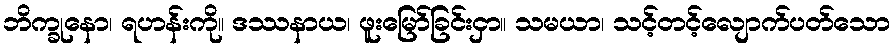
ဘိက္ခုနော၊ ရဟန်းကို။ ဒဿနာယ၊ ဖူးမြော်ခြင်းငှာ။ သမယာ၊ သင့်တင့်လျောက်ပတ်သော